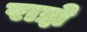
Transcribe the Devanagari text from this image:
राज्ञे